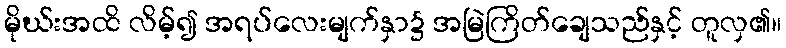
မိုဃ်းအထိ လိမ့်၍ အရပ်လေးမျက်နှာ၌ အမြဲကြိတ်ချေသည်နှင့် တူလှ၏။